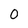
Character: 0